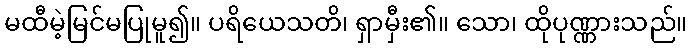
မထီမဲ့မြင်မပြုမူ၍။ ပရိယေသတိ၊ ရှာမှီး၏။ သော၊ ထိုပုဏ္ဏားသည်။